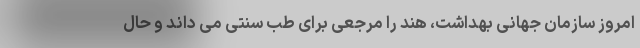
امروز سازمان جهانی بهداشت، هند را مرجعی برای طب سنتی می داند و حال